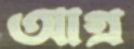
আগ্র